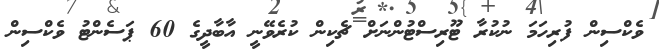
ވެކްސިން ފުރިހަމަ ނުކުރާ ޓޫރިސްޓުންނަށް ޗެކިން ކުރެވޭނީ އާބާދީގެ 60 ޕަސެންޓު ވެކްސިން